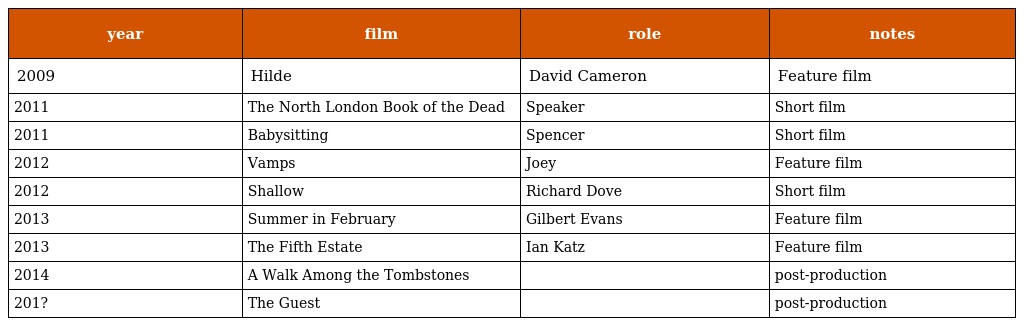
| year | film | role | notes |
 | --- | --- | --- | --- |
 | 2009 | Hilde | David Cameron | Feature film |
 | 2011 | The North London Book of the Dead | Speaker | Short film |
 | 2011 | Babysitting | Spencer | Short film |
 | 2012 | Vamps | Joey | Feature film |
 | 2012 | Shallow | Richard Dove | Short film |
 | 2013 | Summer in February | Gilbert Evans | Feature film |
 | 2013 | The Fifth Estate | Ian Katz | Feature film |
 | 2014 | A Walk Among the Tombstones |  | post-production |
 | 201? | The Guest |  | post-production |